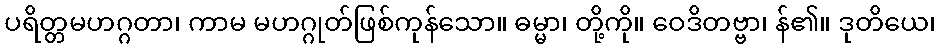
ပရိတ္တမဟဂ္ဂတာ၊ ကာမ မဟဂ္ဂုတ်ဖြစ်ကုန်သော။ ဓမ္မာ၊ တို့ကို။ ဝေဒိတဗ္ဗာ၊ န်၏။ ဒုတိယေ၊